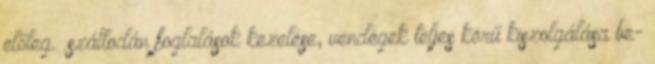
előleg. .szállodán foglalások kezelése, vendégek teljes körű kiszolgálása be-